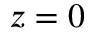
z = 0